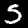
Digit: 5